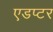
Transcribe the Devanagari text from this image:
एडप्टर